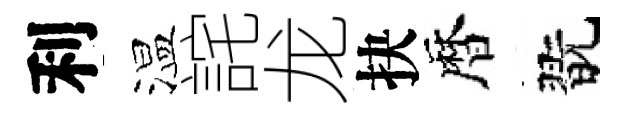
利温詫龙抉暦翫